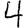
Digit: 4